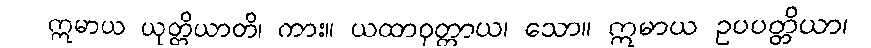
ဣမာယ ယုတ္တိယာတိ၊ ကား။ ယထာဝုတ္တာယ၊ သော။ ဣမာယ ဥပပတ္တိယာ၊